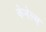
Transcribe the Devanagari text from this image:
केनेल्म